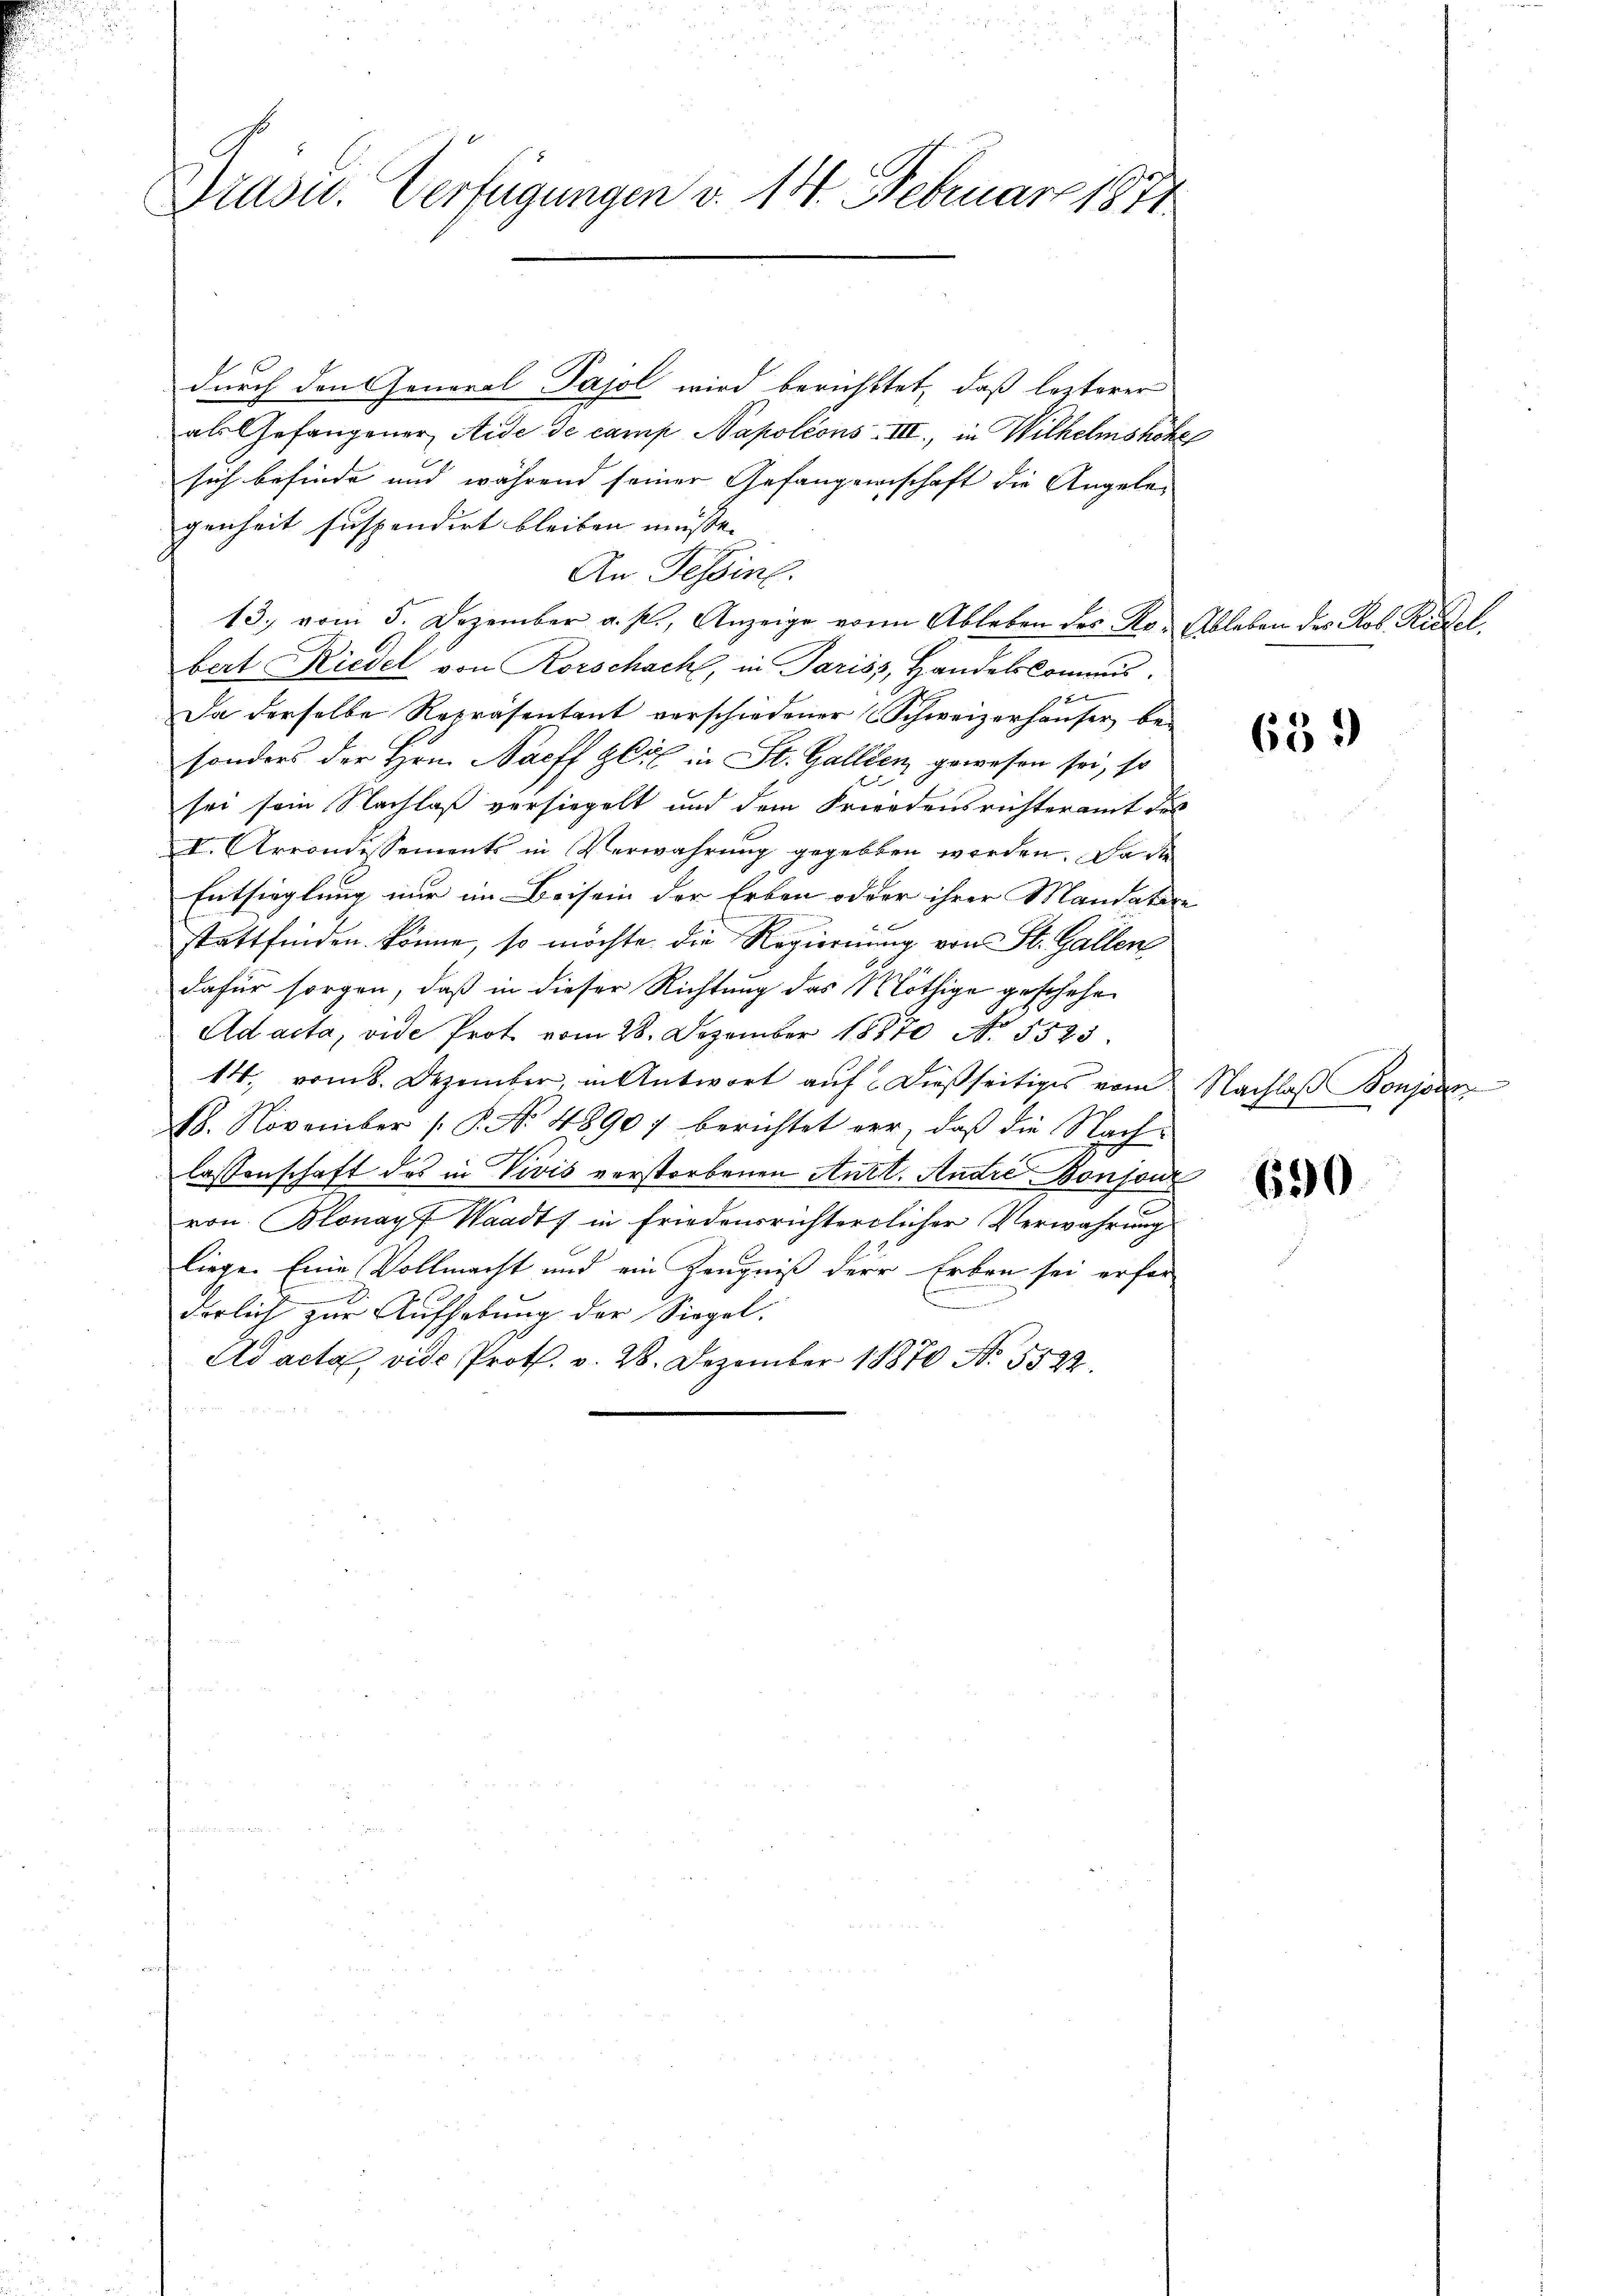
Präser. Verfügungen v. 14. Februar 1831

durch den eneral Pajol wird berichttet, daß lezterer
als Gefangener Aide de camp Napoleons III., in Wilhelmshöhe
sich befinde und während seiner Gefangenschaft die Angele-
genheit suspendirt bleiben müsse.
An Tessin.
13. vom 5. Dezember a. p., Anzeige von Ableben des Ro- Ableben des Rob. Riedel
bert Riedel von Rorschach, in Pariss, Handelskommis¬
 x
Da derselbe Repräsentant verschiedener Schweizerhäuser, besonders der Hrn. Nachs Gut in St. Gallen, gewesen sei, so
sei sein Nachlaß versiegelt und dem Friedensrichteramt des
I. Arrondessements in Verwahrung gegebten werden. Da die
Entsieglung nur im Beisein der Erben oder ihrer Mandatire
stattfinden könne, so möchte die Regierung von St. Gallen
dafür sorgen, daß in dieser Richtung das Nöthige geschehen
Ad acta, vide Prot vom 28. Dezember 18870 No. 5523.
14., vom 8. Dezember, in Antwort aŭf dießseitiges vom Nachlaβ Bonjoin
28. November P. No. 48907 berichtet der, daß die Nachlassenschaft des in Vivis verstorbenen Anzt. Andre Bonsons
ron Blonayf Waadt, in friedensrichterlicher Verwahrung
liege. Eine Vollmacht und ein Zeugniß der Erben sei erfor
x
derlich zur Aufhebung der Siegel.
Ad acta, vide Proth. v. 28. Dezember 18870 N. 552.

659)

690